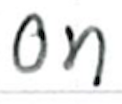
Text: on
Cross-out: clean
Writing tool: ballpoint